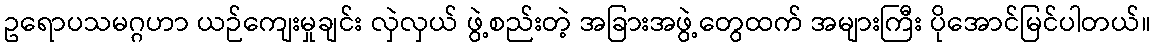
ဥရောပသမဂ္ဂဟာ ယဉ်ကျေးမှုချင်း လှဲလှယ် ဖွဲ့စည်းတဲ့ အခြားအဖွဲ့တွေထက် အများကြီး ပိုအောင်မြင်ပါတယ်။